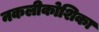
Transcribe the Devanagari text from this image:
नकलीकोशिका